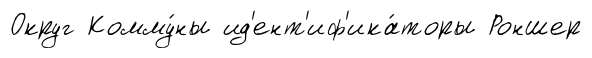
Округ Комму́ны ид'ент'иф'ика́торы Роншер